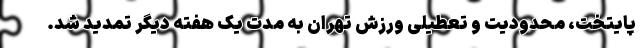
پایتخت، محدودیت و تعطیلی ورزش تهران به مدت یک هفته دیگر تمدید شد.